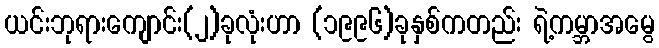
ယင်းဘုရားကျောင်း(၂)ခုလုံးဟာ (၁၉၉၆)ခုနှစ်ကတည်း ရဲ့ကမ္ဘာအမွေ